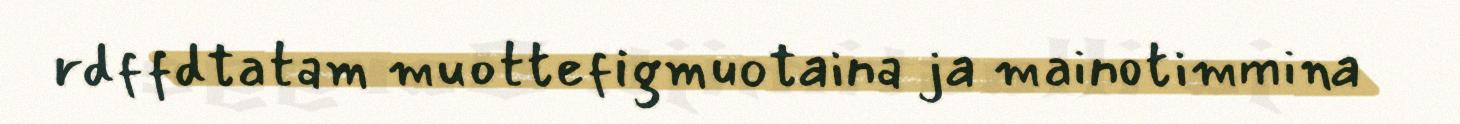
rdffdtatam muottefigmuotaina ja mainotimmina